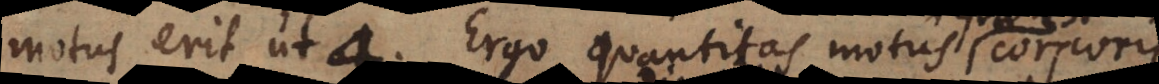
motus erit ut 4. Ergo quantitas motus corporis